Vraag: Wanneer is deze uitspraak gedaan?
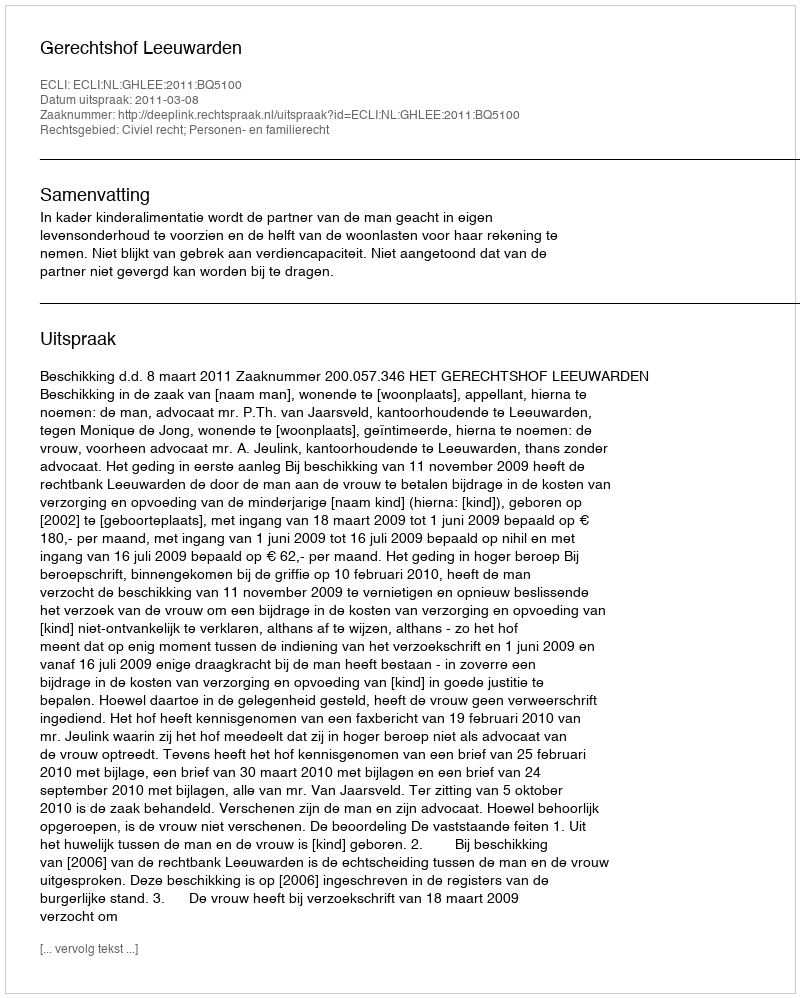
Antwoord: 2011-03-08